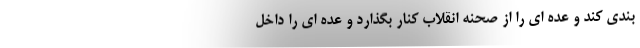
بندی کند و عده ای را از صحنه انقلاب کنار بگذارد و عده ای را داخل